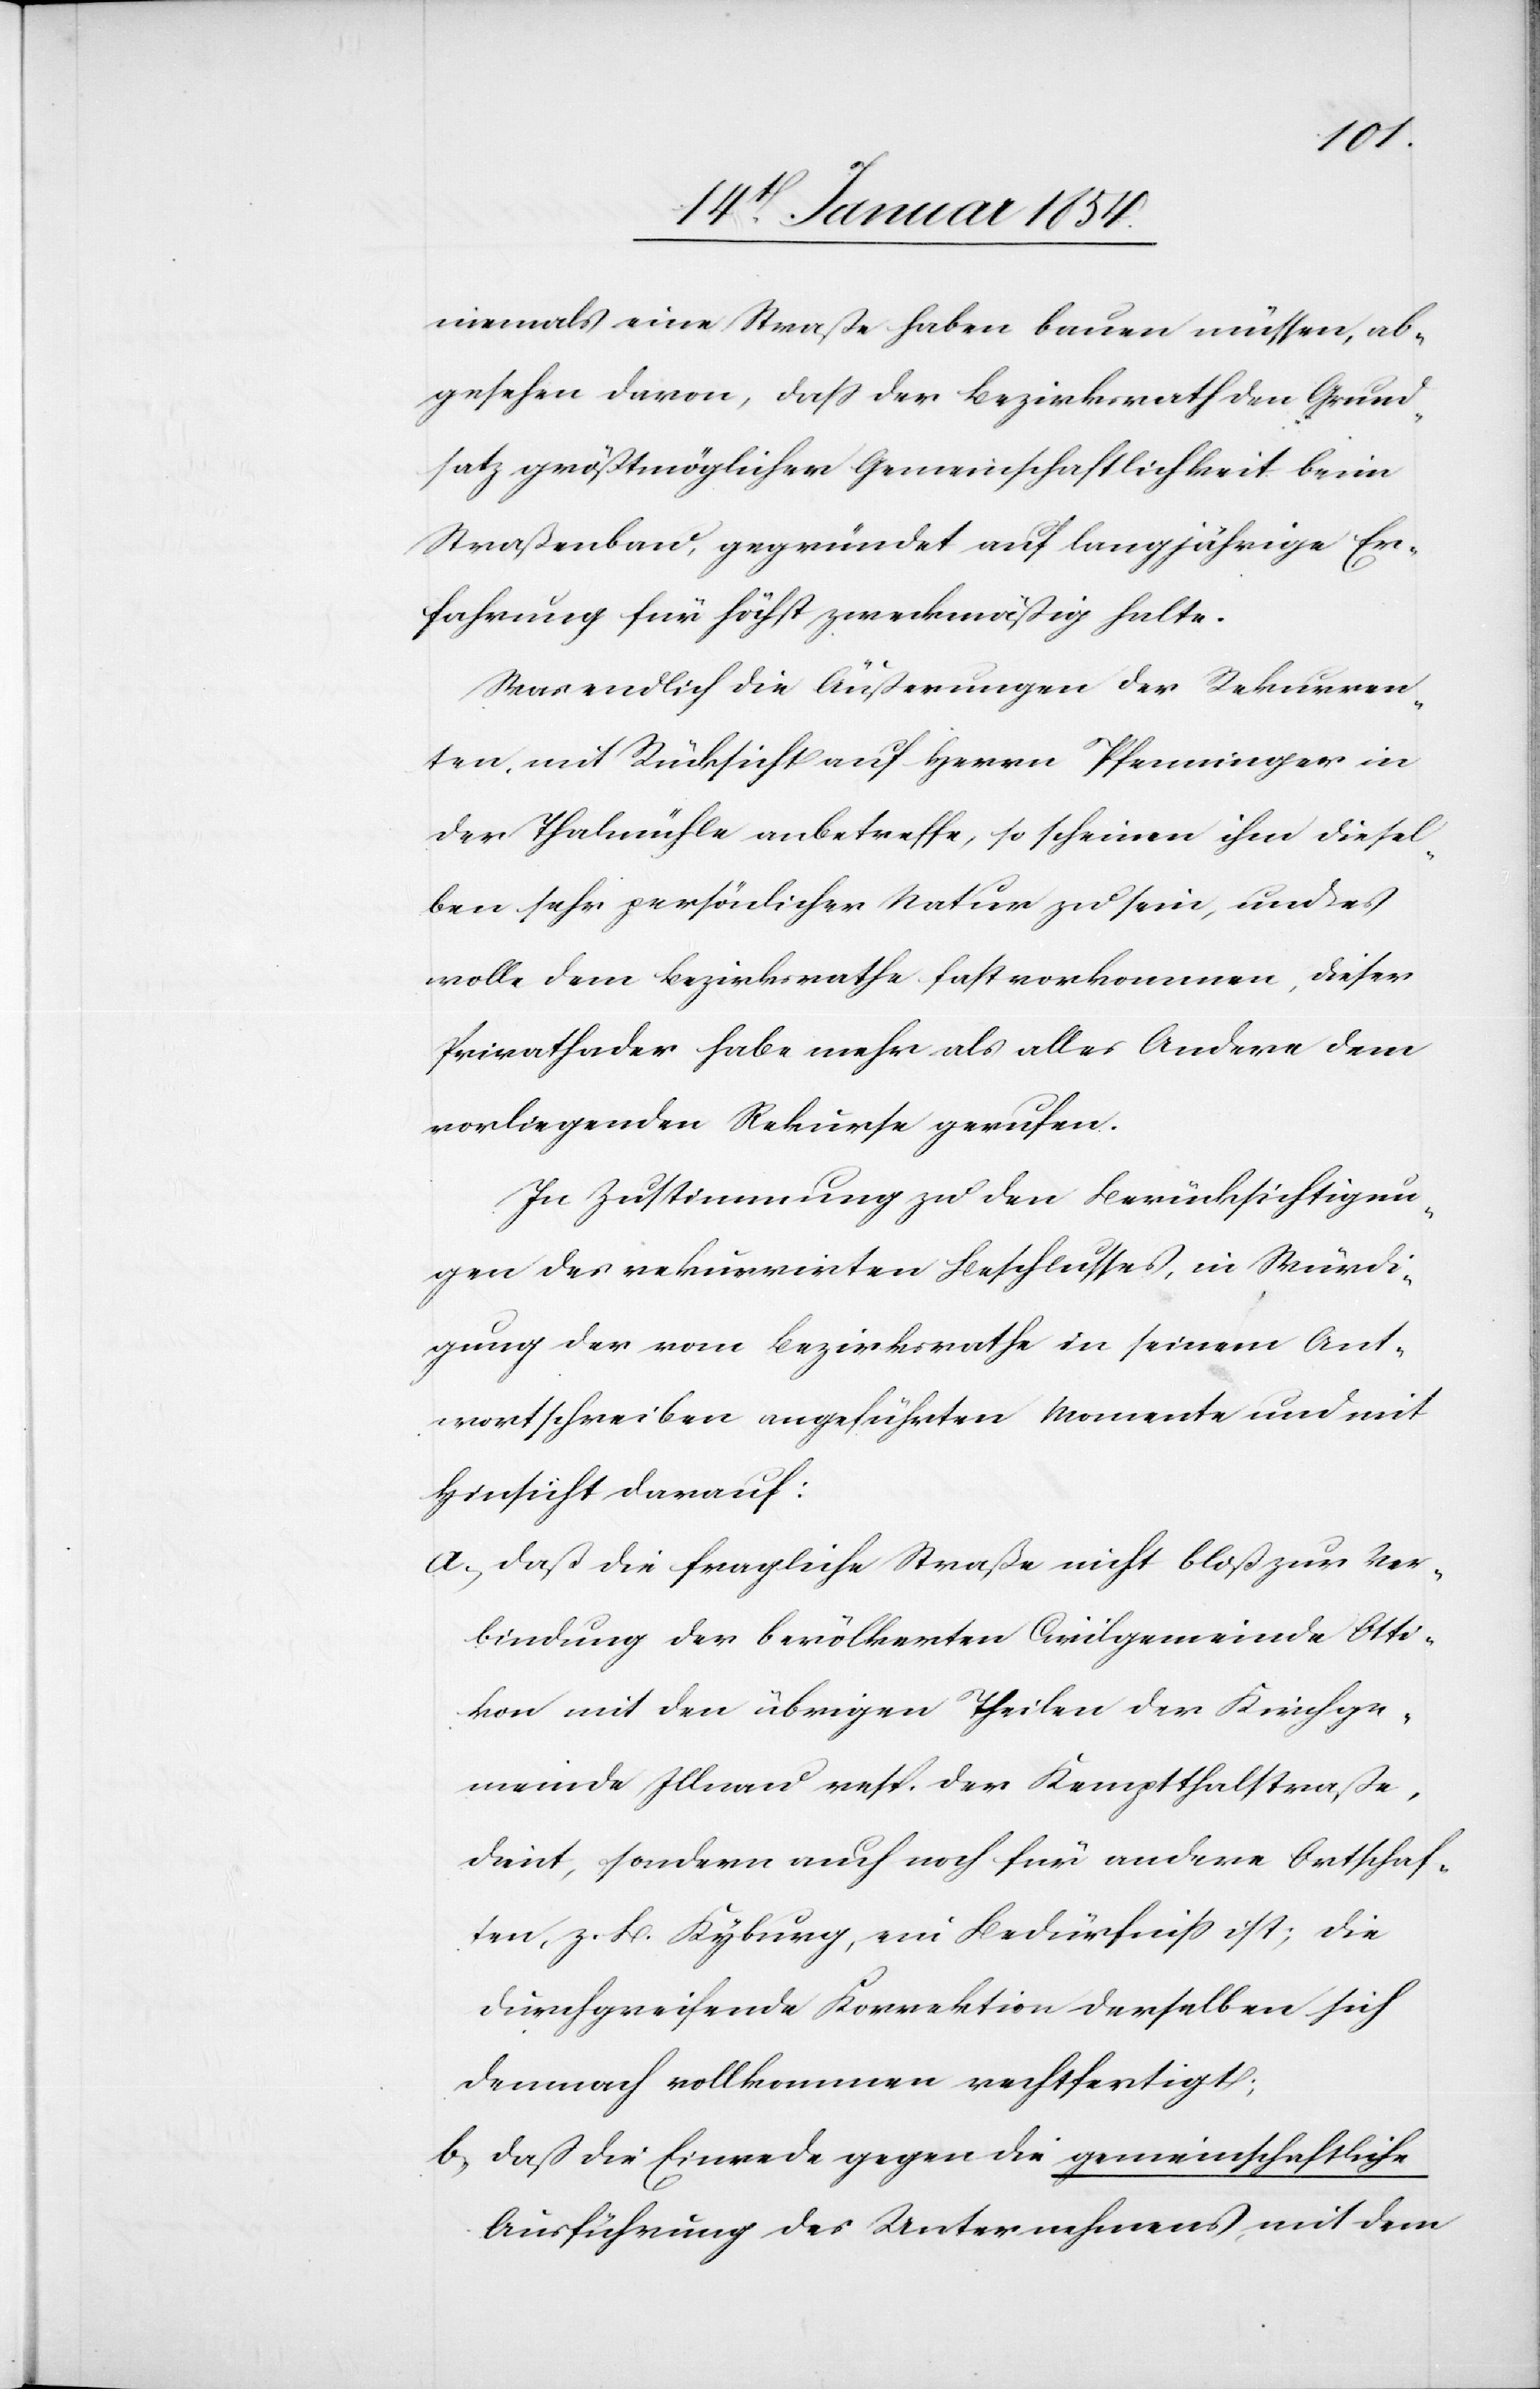
niemals eine Straße haben bauen müssen, ab¬
gesehen davon, daß der Bezirksrath den Grund¬
satz größtmöglicher Gemeinschaftlichkeit beim
Straßenbau, gegründet auf langjähriger Er¬
fahrung für höchst zweckmäßig halte.
Was endlich die Äußerungen der Rekurren¬
ten, mit Rücksicht auf Herrn Pfenninger in
der Thalmühle anbetreffe, so scheinen ihm diesel¬
ben sehr persönlicher Natur zu sein, und es
wolle dem Bezirksrathe fast vorkommen, dieser
Privathader habe mehr als alles Andere dem
vorliegenden Rekurse gerufen.
In Zustimmung zu den Berücksichtigun¬
gen des rekurrirten Beschlusses, in Würdi¬
gung der vom Bezirksrath in seinem Ant¬
wortschrieben angeführten Momente und mit
Hinsicht darauf:
a; daß die fragliche Straße nicht bloß zur Ver¬
bindung der bevölkerten Civilgemeinde Otti¬
kon mit den übrigen Theilen der Kirchge¬
meinde Illnau resp. der Kemptthalstraße,
dient, sondern auch noch für andere Ortschaf¬
ten, z. B. Kyburg, ein Bedürfniß ist; die
durchgreifende Korrektion derselben sich
demnach vollkommen rechtfertigt;
b; daß die Einrede gegen die gemeinschaftliche
Ausführung des Unternehmens, mit dem